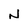
Character: N